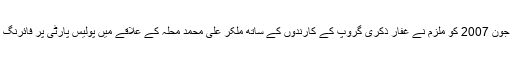
30 جون 2007 کو ملزم نے غفار ذکری گروپ کے کارندوں کے ساتھ مِلکر علی محمد محلہ کے علاقے میں پولیس پارٹی پر فائرنگ کی۔